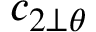
{ c _ { 2 \perp \theta } }